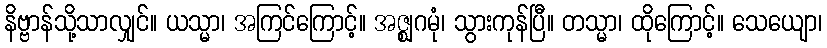
နိဗ္ဗာန်သို့သာလျှင်။ ယသ္မာ၊ အကြင်ကြောင့်။ အဇ္ဈဂမုံ၊ သွားကုန်ပြီ။ တသ္မာ၊ ထိုကြောင့်။ သေယျော၊